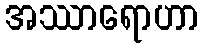
အဿာရောဟာ